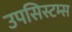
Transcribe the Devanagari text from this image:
उपसिस्टम्स